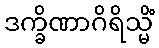
ဒက္ခိဏာဂိရိသ္မိံ